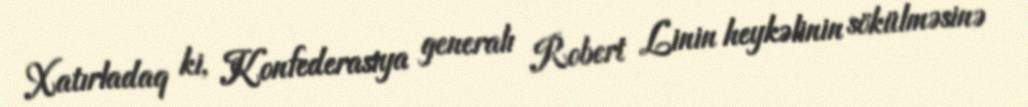
Xatırladaq ki, Konfederasiya generalı Robert Linin heykəlinin sökülməsinə